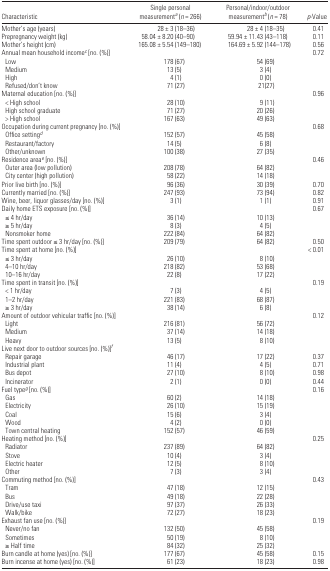
<table><thead><tr><td><b>Characteristic</b></td><td><b>Single personal measurementa (<i>n</i> = 266)</b></td><td><b>Personal/indoor/outdoor measurementb (<i>n</i> = 78)</b></td><td><b><i>p</i>-Value</b></td></tr></thead><tbody><tr><td>Mother’s age (years)</td><td>28 ± 3 (18–36)</td><td>28 ± 4 (18–35)</td><td>0.41</td></tr><tr><td>Prepregnancy weight (kg)</td><td>58.04 ± 8.20 (40–90)</td><td>59.94 ± 11.43 (43–118)</td><td>0.11</td></tr><tr><td>Mother’s height (cm)</td><td>165.08 ± 5.54 (149–180)</td><td>164.69 ± 5.92 (144–178)</td><td>0.56</td></tr><tr><td>Annual mean household incomec [no. (%)]</td><td></td><td></td><td>0.72</td></tr><tr><td> Low</td><td>178 (67)</td><td>54 (69)</td><td></td></tr><tr><td> Medium</td><td>13 (5)</td><td>3 (4)</td><td></td></tr><tr><td> High</td><td>4 (1)</td><td>0 (0)</td><td></td></tr><tr><td> Refused/don’t know</td><td>71 (27)</td><td>21(27)</td><td></td></tr><tr><td>Maternal education [no. (%)]</td><td></td><td></td><td>0.96</td></tr><tr><td> &lt; High school</td><td>28 (10)</td><td>9 (11)</td><td></td></tr><tr><td> High school graduate</td><td>71 (27)</td><td>20 (26)</td><td></td></tr><tr><td> &gt; High school</td><td>167 (63)</td><td>49 (63)</td><td></td></tr><tr><td>Occupation during current pregnancy [no. (%)]</td><td></td><td></td><td>0.68</td></tr><tr><td> Office settingd</td><td>152 (57)</td><td>45 (58)</td><td></td></tr><tr><td> Restaurant/factory</td><td>14 (5)</td><td>6 (8)</td><td></td></tr><tr><td> Other/unknown</td><td>100 (38)</td><td>27 (35)</td><td></td></tr><tr><td>Residence areae [no. (%)]</td><td></td><td></td><td>0.46</td></tr><tr><td> Outer area (low pollution)</td><td>208 (78)</td><td>64 (82)</td><td></td></tr><tr><td> City center (high pollution)</td><td>58 (22)</td><td>14 (18)</td><td></td></tr><tr><td>Prior live birth [no. (%)]</td><td>96 (36)</td><td>30 (39)</td><td>0.70</td></tr><tr><td>Currently married [no. (%)]</td><td>247 (93)</td><td>73 (94)</td><td>0.82</td></tr><tr><td>Wine, beer, liquor glasses/day [no. (%)]</td><td>3 (1)</td><td>1 (1)</td><td>0.91</td></tr><tr><td>Daily home ETS exposure [no. (%)]</td><td></td><td></td><td>0.67</td></tr><tr><td> ≤4 hr/day</td><td>36 (14)</td><td>10 (13)</td><td></td></tr><tr><td> ≥5 hr/day</td><td>8 (3)</td><td>4 (5)</td><td></td></tr><tr><td> Nonsmoker home</td><td>222 (84)</td><td>64 (82)</td><td></td></tr><tr><td>Time spent outdoor ≤3 hr/day [no. (%)]</td><td>209 (79)</td><td>64 (82)</td><td>0.50</td></tr><tr><td>Time spent at home [no. (%)]</td><td></td><td></td><td>&lt; 0.01</td></tr><tr><td> ≤3 hr/day</td><td>26 (10)</td><td>8 (10)</td><td></td></tr><tr><td> 4–10 hr/day</td><td>218 (82)</td><td>53 (68)</td><td></td></tr><tr><td> 10–16 hr/day</td><td>22 (8)</td><td>17 (22)</td><td></td></tr><tr><td>Time spent in transit [no. (%)]</td><td></td><td></td><td>0.19</td></tr><tr><td> &lt; 1 hr/day</td><td>7 (3)</td><td>4 (5)</td><td></td></tr><tr><td> 1–2 hr/day</td><td>221 (83)</td><td>68 (87)</td><td></td></tr><tr><td> ≥3 hr/day</td><td>38 (14)</td><td>6 (8)</td><td></td></tr><tr><td>Amount of outdoor vehicular traffic [no. (%)]</td><td></td><td></td><td>0.12</td></tr><tr><td> Light</td><td>216 (81)</td><td>56 (72)</td><td></td></tr><tr><td> Medium</td><td>37 (14)</td><td>14 (18)</td><td></td></tr><tr><td> Heavy</td><td>13 (5)</td><td>8 (10)</td><td></td></tr><tr><td colspan="4">Live next door to outdoor sources [no. (%)]f</td></tr><tr><td> Repair garage</td><td>46 (17)</td><td>17 (22)</td><td>0.37</td></tr><tr><td> Industrial plant</td><td>11 (4)</td><td>4 (5)</td><td>0.71</td></tr><tr><td> Bus depot</td><td>27 (10)</td><td>8 (10)</td><td>0.98</td></tr><tr><td> Incinerator</td><td>2 (1)</td><td>0 (0)</td><td>0.44</td></tr><tr><td>Fuel typeg [no. (%)]</td><td></td><td></td><td>0.16</td></tr><tr><td> Gas</td><td>60 (2)</td><td>14 (18)</td><td></td></tr><tr><td> Electricity</td><td>26 (10)</td><td>15 (19)</td><td></td></tr><tr><td> Coal</td><td>15 (6)</td><td>3 (4)</td><td></td></tr><tr><td> Wood</td><td>4 (2)</td><td>0 (0)</td><td></td></tr><tr><td> Town central heating</td><td>152 (57)</td><td>46 (59)</td><td></td></tr><tr><td>Heating method [no. (%)]</td><td></td><td></td><td>0.25</td></tr><tr><td> Radiator</td><td>237 (89)</td><td>64 (82)</td><td></td></tr><tr><td> Stove</td><td>10 (4)</td><td>3 (4)</td><td></td></tr><tr><td> Electric heater</td><td>12 (5)</td><td>8 (10)</td><td></td></tr><tr><td> Other</td><td>7 (3)</td><td>3 (4)</td><td></td></tr><tr><td>Commuting method [no. (%)]</td><td></td><td></td><td>0.43</td></tr><tr><td> Tram</td><td>47 (18)</td><td>12 (15)</td><td></td></tr><tr><td> Bus</td><td>49 (18)</td><td>22 (28)</td><td></td></tr><tr><td> Drive/use taxi</td><td>97 (37)</td><td>26 (33)</td><td></td></tr><tr><td> Walk/bike</td><td>72 (27)</td><td>18 (23)</td><td></td></tr><tr><td>Exhaust fan use [no. (%)]</td><td></td><td></td><td>0.19</td></tr><tr><td> Never/no fan</td><td>132 (50)</td><td>45 (58)</td><td></td></tr><tr><td> Sometimes</td><td>50 (19)</td><td>8 (10)</td><td></td></tr><tr><td> ≥Half time</td><td>84 (32)</td><td>25 (32)</td><td></td></tr><tr><td>Burn candle at home (yes) [no. (%)]</td><td>177 (67)</td><td>45 (58)</td><td>0.15</td></tr><tr><td>Burn incense at home (yes) [no. (%)]</td><td>61 (23)</td><td>18 (23)</td><td>0.98</td></tr></tbody></table>